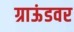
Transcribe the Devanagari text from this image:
ग्राऊंडवर